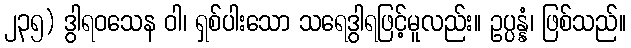
၂၃၅) ဒွါရဝသေန ဝါ၊ ရှစ်ပါးသော သရေဒွါရဖြင့်မူလည်း။ ဥပ္ပန္နံ၊ ဖြစ်သည်။